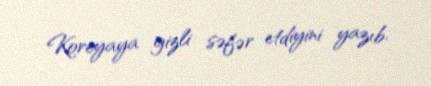
Koreyaya gizli səfər etdiyini yazıb.